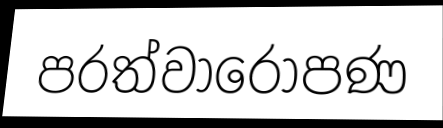
පරත්වාරෝපණ